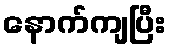
နောက်ကျပြီး